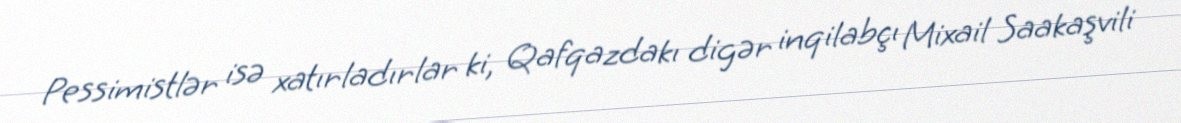
Pessimistlər isə xatırladırlar ki, Qafqazdakı digər inqilabçı Mixail Saakaşvili